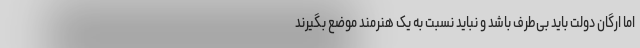
اما ارگان دولت باید بی‌طرف باشد و نباید نسبت به یک هنرمند موضع بگیرند